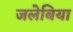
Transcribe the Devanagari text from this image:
जलेबिया